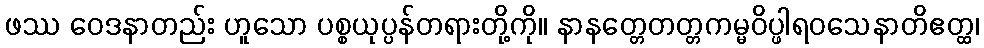
ဖဿ ဝေဒနာတည်း ဟူသော ပစ္စယုပ္ပန်တရားတို့ကို။ နာနတ္တေတတ္တကမ္မဝိပ္ဖါရဝသေနာတိဧတ္ထ၊